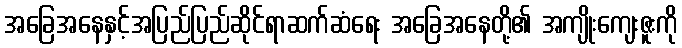
အခြေအနေနှင့်အပြည်ပြည်ဆိုင်ရာဆက်ဆံရေး အခြေအနေတို့၏ အကျိုးကျေးဇူးကို